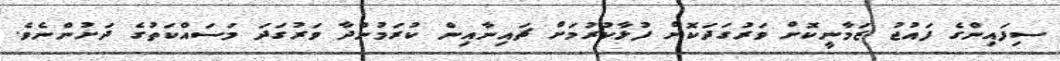
ސިފައިންގެ ފައުޖު ޒަމާނީކޮށް ވަރުގަދަކޮށް ފުޅާކުރުމަށް ޗައިނާއިން ކުރަމުންދާ ވަރުގަދަ މަސައްކަތުގެ ދަށުންނެވެ.